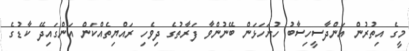
މީގެ އިތުރުން އަންދާސީހިސާބު ހުށަހަޅަން ބޭނުންވާ ފަރާތުގެ ދިވެހި ރައްޔިތެއްކަން އަންގައިދޭ ކާޑުގެ